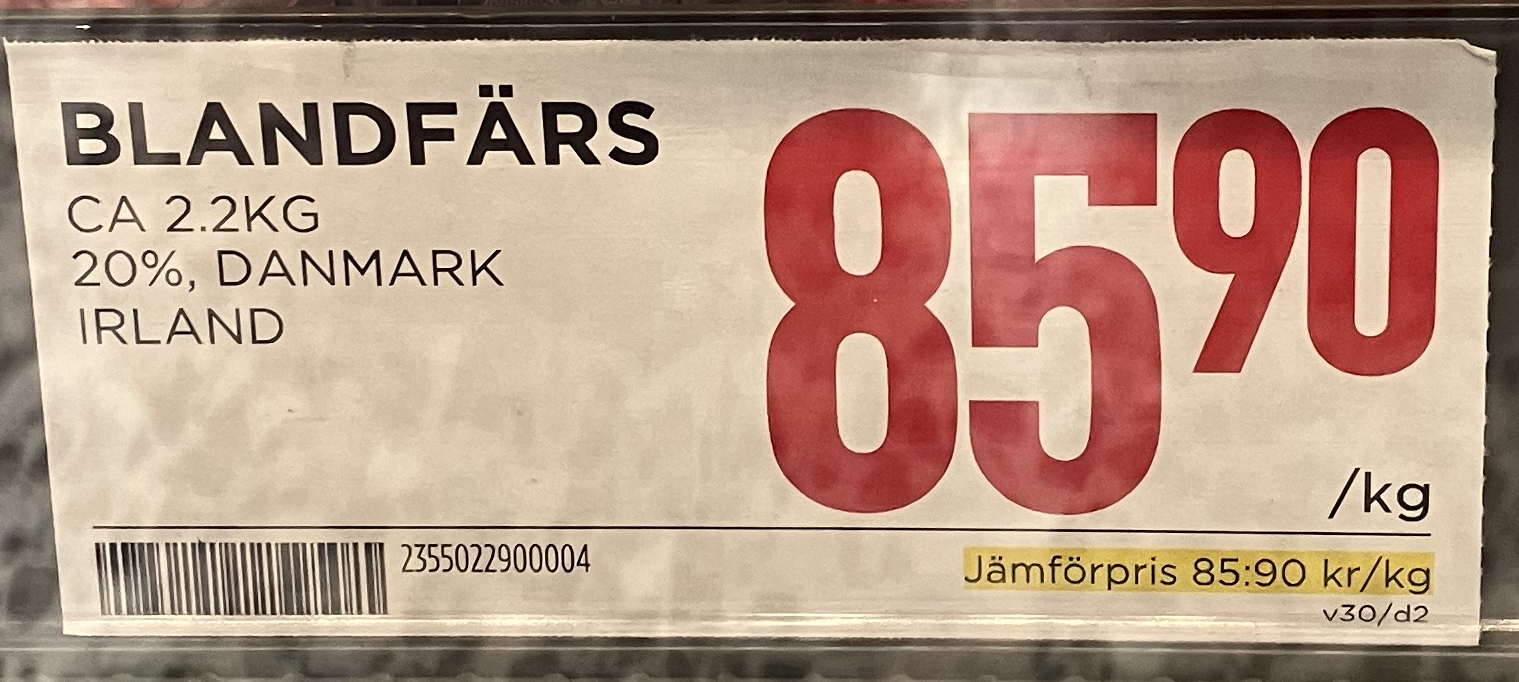
Vara: Blandfärs
Genomsnittspris: 85.9 per kg